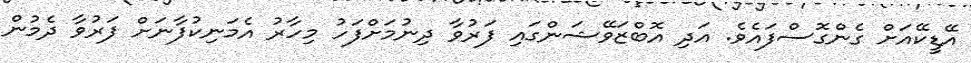
އޭޑީކޭއަށް ގެންގޮސްފައެވެ. އަދި އޮބްޒަވޭޝަންގައި ފަރުވާ ދިނުމަށްފަހު މިހާރު އެމަނިކުފާނަށް ފަރުވާ ދެމުން